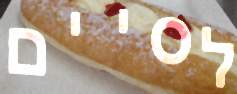
לסיים